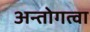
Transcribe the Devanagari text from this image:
अन्तोगत्वा